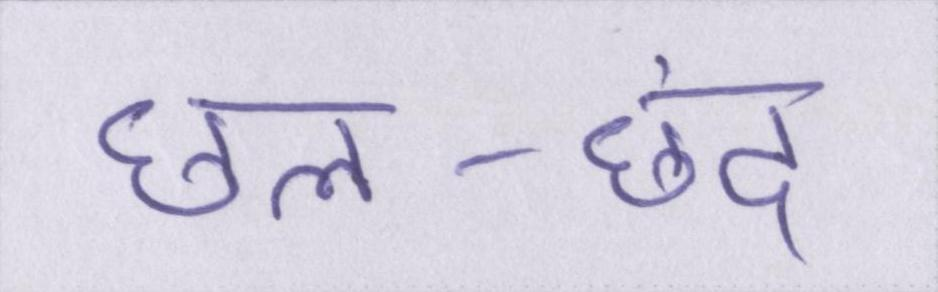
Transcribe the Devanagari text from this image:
छल-छंद